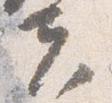
夫